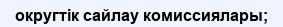
округтік сайлау комиссиялары;